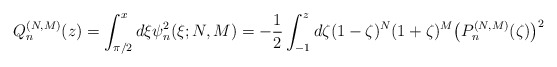
\begin{gather*} Q_{n}^{(N,M) }(z) =\int_{\pi /2}^{x}d\xi \psi _{n}^{2}(\xi ;N,M)=-\frac{1}{2}\int_{-1}^{z}d\zeta (1-\zeta) ^{N}(1+\zeta) ^{M}\big( P_{n}^{(N,M) }( \zeta) \big) ^{2} \end{gather*}